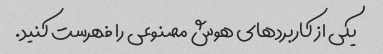
یکی از کاربردهای هوش مصنوعی را فهرست کنید.